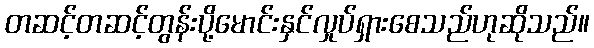
တဆင့်တဆင့်တွန်းပို့မောင်းနှင်လှုပ်ရှားစေသည်ဟုဆိုသည်။